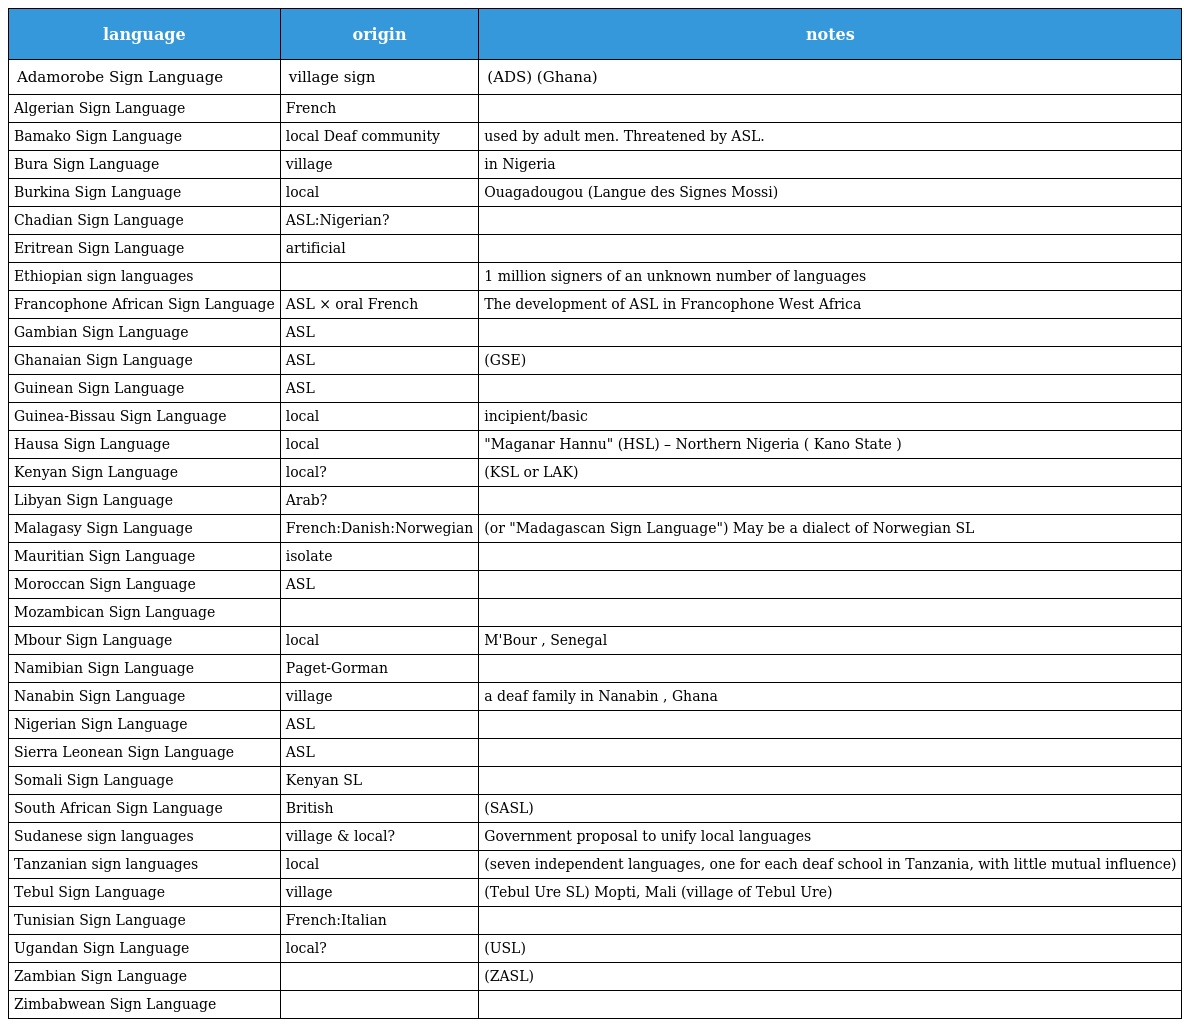
| language | origin | notes |
 | --- | --- | --- |
 | Adamorobe Sign Language | village sign | (ADS) (Ghana) |
 | Algerian Sign Language | French |  |
 | Bamako Sign Language | local Deaf community | used by adult men. Threatened by ASL. |
 | Bura Sign Language | village | in Nigeria |
 | Burkina Sign Language | local | Ouagadougou (Langue des Signes Mossi) |
 | Chadian Sign Language | ASL:Nigerian? |  |
 | Eritrean Sign Language | artificial |  |
 | Ethiopian sign languages |  | 1 million signers of an unknown number of languages |
 | Francophone African Sign Language | ASL × oral French | The development of ASL in Francophone West Africa |
 | Gambian Sign Language | ASL |  |
 | Ghanaian Sign Language | ASL | (GSE) |
 | Guinean Sign Language | ASL |  |
 | Guinea-Bissau Sign Language | local | incipient/basic |
 | Hausa Sign Language | local | "Maganar Hannu" (HSL) – Northern Nigeria ( Kano State ) |
 | Kenyan Sign Language | local? | (KSL or LAK) |
 | Libyan Sign Language | Arab? |  |
 | Malagasy Sign Language | French:Danish:Norwegian | (or "Madagascan Sign Language") May be a dialect of Norwegian SL |
 | Mauritian Sign Language | isolate |  |
 | Moroccan Sign Language | ASL |  |
 | Mozambican Sign Language |  |  |
 | Mbour Sign Language | local | M'Bour , Senegal |
 | Namibian Sign Language | Paget-Gorman |  |
 | Nanabin Sign Language | village | a deaf family in Nanabin , Ghana |
 | Nigerian Sign Language | ASL |  |
 | Sierra Leonean Sign Language | ASL |  |
 | Somali Sign Language | Kenyan SL |  |
 | South African Sign Language | British | (SASL) |
 | Sudanese sign languages | village & local? | Government proposal to unify local languages |
 | Tanzanian sign languages | local | (seven independent languages, one for each deaf school in Tanzania, with little mutual influence) |
 | Tebul Sign Language | village | (Tebul Ure SL) Mopti, Mali (village of Tebul Ure) |
 | Tunisian Sign Language | French:Italian |  |
 | Ugandan Sign Language | local? | (USL) |
 | Zambian Sign Language |  | (ZASL) |
 | Zimbabwean Sign Language |  |  |